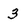
Character: 3